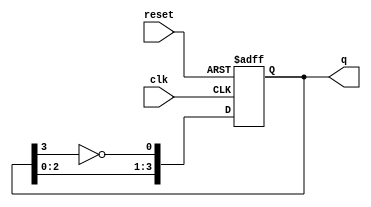
module johnson_counter (
    input wire clk,       // Clock input
    input wire reset,     // Asynchronous reset
    output reg [3:0] q    // 4-bit output
);

// Sequential logic for the Johnson counter
always @(posedge clk or posedge reset) begin
    if (reset) begin
        // Asynchronous reset
        q <= 4'b0000; // Initialize to 0000
    end else begin
        // Johnson counter state transition
        q[0] <= ~q[3]; // D0 = ~Q3
        q[1] <= q[0];  // D1 = Q0
        q[2] <= q[1];  // D2 = Q1
        q[3] <= q[2];  // D3 = Q2
    end
end

endmodule